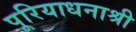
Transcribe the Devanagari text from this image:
पूरियाधनाश्री